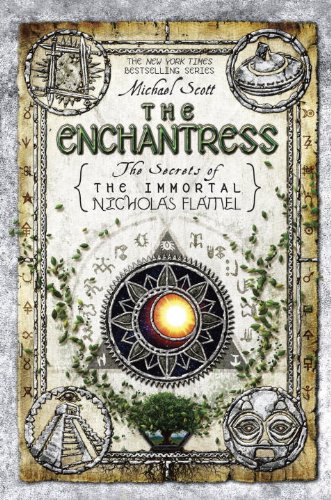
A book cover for The Enchantress (The Secrets of the Immortal Nicholas Flamel); Michael Scott; Children's Books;